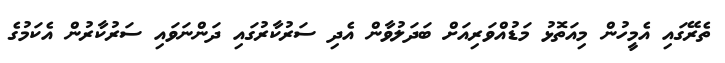
ތެރޭގައި އެމީހުން މިއަތޮޅު މަޑުއްވަރިއަށް ބަދަލުވާން އެދި ސަރުކާރުގައި ދަންނަވައި ސަރުކާރުން އެކަމުގެ